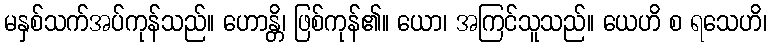
မနှစ်သက်အပ်ကုန်သည်။ ဟောန္တိ၊ ဖြစ်ကုန်၏။ ယော၊ အကြင်သူသည်။ ယေဟိ စ ရသေဟိ၊